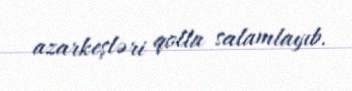
azarkeşləri qolla salamlayıb.